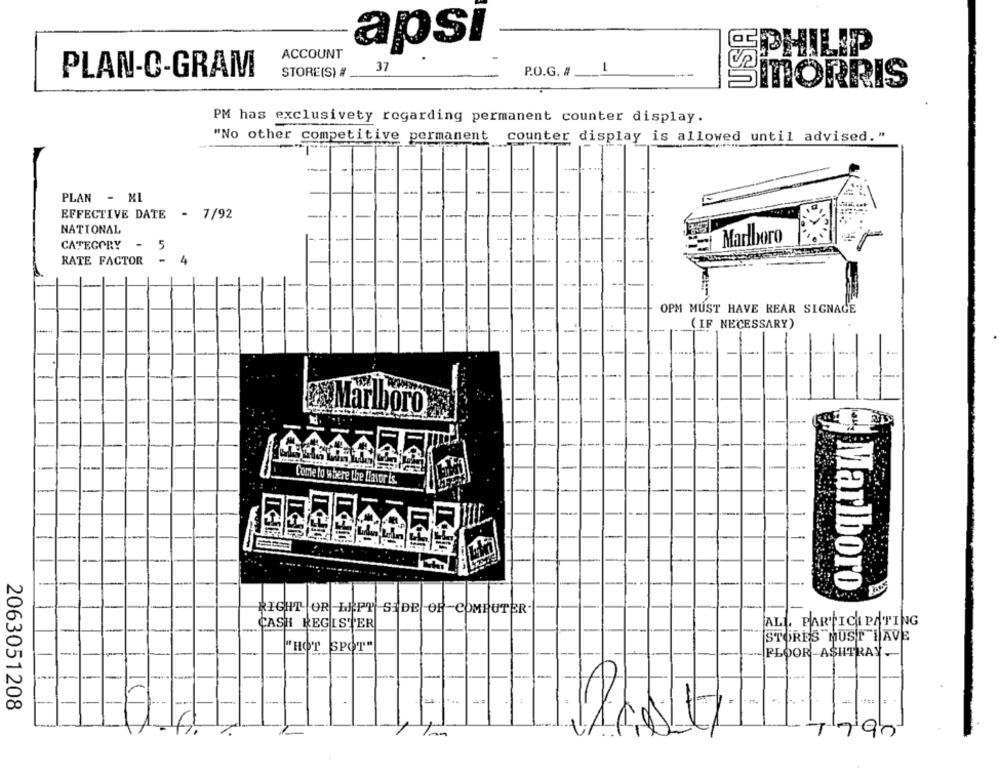
apsi
CEPHILIP
ACCOUNT
37
PLAN-C-GRAM
STORE(S) #
P.O.G. #
SITORRIS
PM has exclusivety regarding permanent counter display.
"No other competitive permanent
counter display is allowed until advised."
PLAN - ML
EFFECTIVE DATE - 7/92
---
NATIONAL
ci Marlboro
CATEGORY
- 5
RATE FACTOR - 4
OPM MUST HAVE REAR SIGNAGE
( IF NECESSARY)
-
2.Marlboro
Come to where the Liavor is.
Marlboro
RIGHT OR LEFT SIDE OR COMPUTER
ALL. PARTICIPATING
CASH REGISTER
STORES MUST HAVE
--
"HOT SPOT"
FLOOR-ASHTRAY
-
-
2063051208
-
11